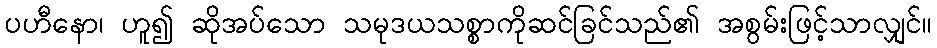
ပဟီနော၊ ဟူ၍ ဆိုအပ်သော သမုဒယသစ္စာကိုဆင်ခြင်သည်၏ အစွမ်းဖြင့်သာလျှင်။